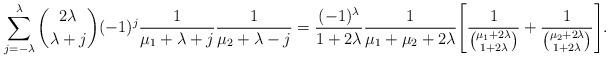
LaTeX: \begin{align*}\sum\limits_{j=-\lambda}^\lambda \binom{2\lambda}{\lambda+j} (-1)^j \frac{1}{\mu_1+\lambda+j}\frac{1}{\mu_2+\lambda-j} = \frac{(-1)^\lambda}{1+2\lambda} \frac{1}{\mu_1+\mu_2+2\lambda} \Biggl[\frac{1}{\binom{\mu_1+2\lambda}{1+2\lambda}} + \frac{1}{\binom{\mu_2+2\lambda}{1+2\lambda}}\Biggr].\end{align*}